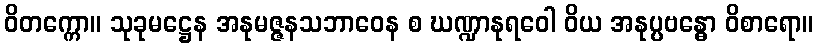
ဝိတက္ကော။ သုခုမဋ္ဌေန အနုမဇ္ဇနသဘာဝေန စ ဃဏ္ဍာနုရဝေါ ဝိယ အနုပ္ပဗန္ဓော ဝိစာရော။